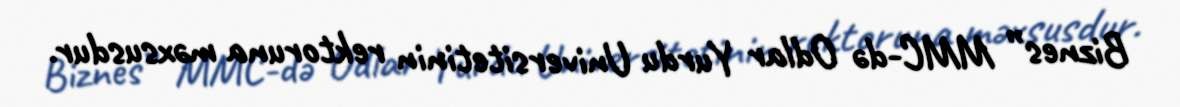
Biznes” MMC-də Odlar Yurdu Universitetinin rektoruna məxsusdur.